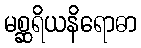
မစ္ဆရိယနိရောဓာ